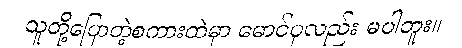
သူတို့ပြောတဲ့စကားထဲမှာ မောင်ပုလည်း မပါဘူး။